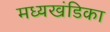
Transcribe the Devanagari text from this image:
मध्यखंडिका